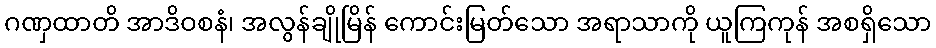
ဂဏှထာတိ အာဒိဝစနံ၊ အလွန်ချိုမြိန် ကောင်းမြတ်သော အရာသာကို ယူကြကုန် အစရှိသော